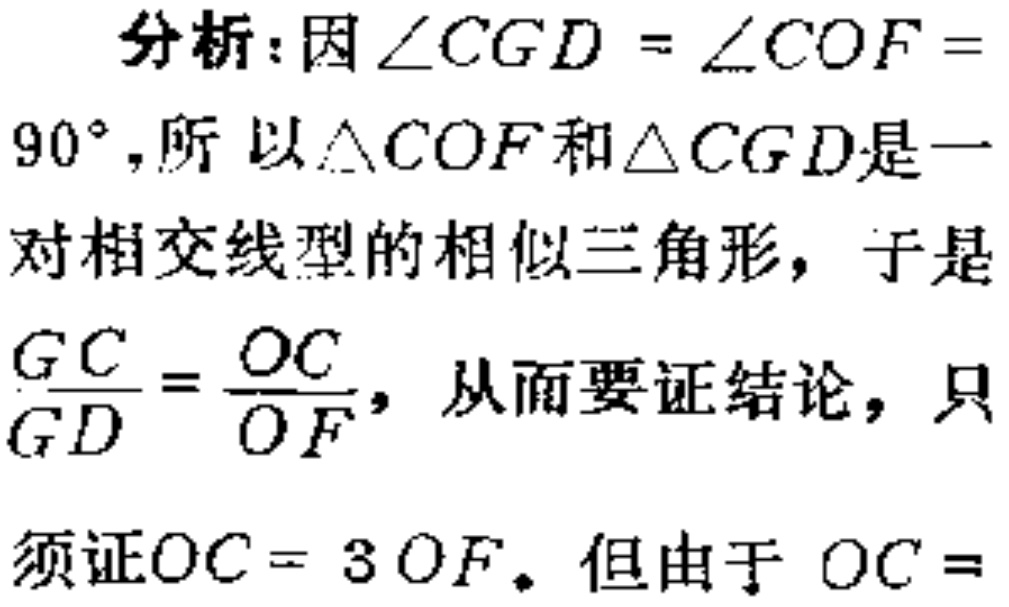
分析：因\(\angle CGD = \angle COF = 90^{\circ}\)，所以\(\triangle COF\)和\(\triangle CGD\)是一对相交线型的相似三角形，于是\(\frac{GC}{GD}=\frac{OC}{OF}\)，从而要证结论，只须证\(OC = 3OF\)。但由于 \(OC =\)